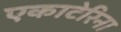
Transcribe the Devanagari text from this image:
एकाटेरिना